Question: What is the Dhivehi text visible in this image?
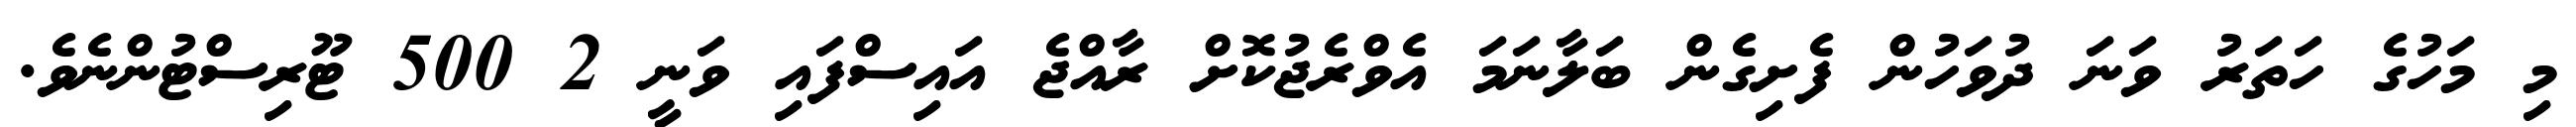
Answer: މި މަހުގެ ހަތަރު ވަނަ ދުވަހުން ފެށިގެން ބަލާނަމަ އެވްރެޖުކޮށް ރާއްޖެ އައިސްފައި ވަނީ 2 500 ޓޫރިސްޓުންނެވެ.